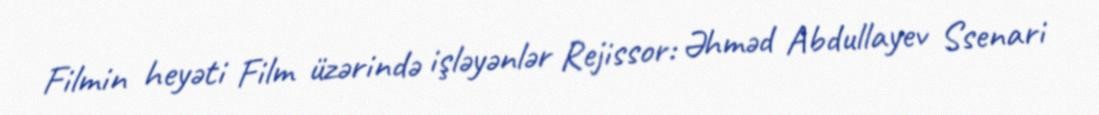
Filmin heyəti Film üzərində işləyənlər Rejissor: Əhməd Abdullayev Ssenari